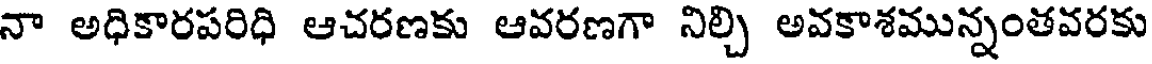
నా అధికారపరిధి ఆచరణకు ఆవరణగా నిల్చి అవకాశమున్నంతవరకు